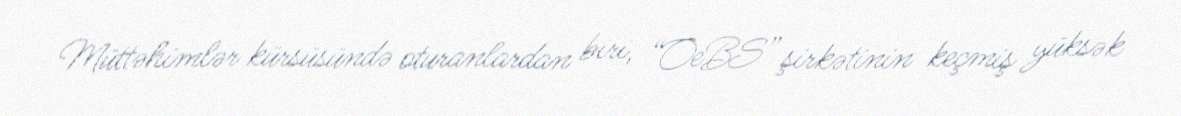
Müttəhimlər kürsüsündə oturanlardan biri, “OeBS” şirkətinin keçmiş yüksək